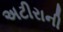
અટીરાની